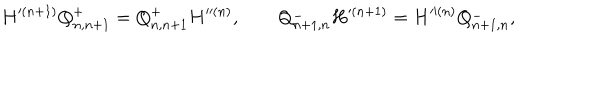
H ^ { ( n + 1 ) } Q _ { n , n + 1 } ^ { + } = Q _ { n , n + 1 } ^ { + } H ^ { ( n ) } , \qquad Q _ { n + 1 , n } ^ { - } H ^ { ( n + 1 ) } = H ^ { ( n ) } Q _ { n + 1 , n } ^ { - } ,